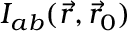
{ \cal I } _ { a b } ( \vec { r } , \vec { r } _ { 0 } )